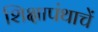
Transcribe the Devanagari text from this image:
शिक्षापंथाचें